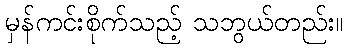
မှန်ကင်းစိုက်သည့် သဘွယ်တည်း။